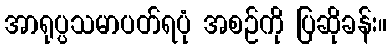
အာရုပ္ပသမာပတ်ရပုံ အစဉ်ကို ပြဆိုခန်း။